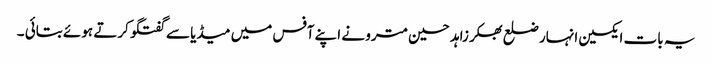
یہ بات ایکسین انہار ضلع بھکر زاہد حسین مترو نے اپنے آفس میں میڈیا سے گفتگو کرتے ہوئے بتائی ۔